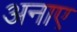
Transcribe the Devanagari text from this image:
अनाए